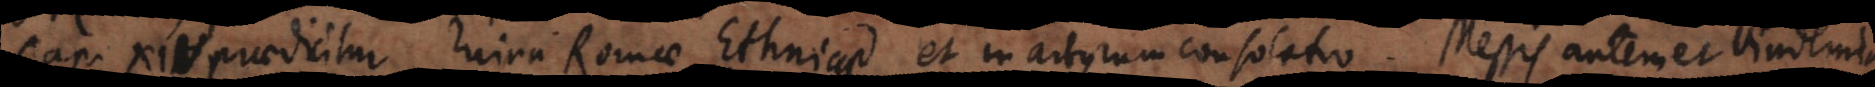
Cap. XIV praedicitur ruina Romae Ethnicae, et martyrum consolatio. Messis autem et vindemia